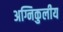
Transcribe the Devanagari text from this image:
अग्निकुलीय